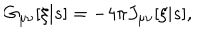
G _ { \mu \nu } [ \xi | s ] = - 4 \pi J _ { \mu \nu } [ \xi | s ] ,